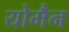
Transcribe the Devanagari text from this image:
योमैन